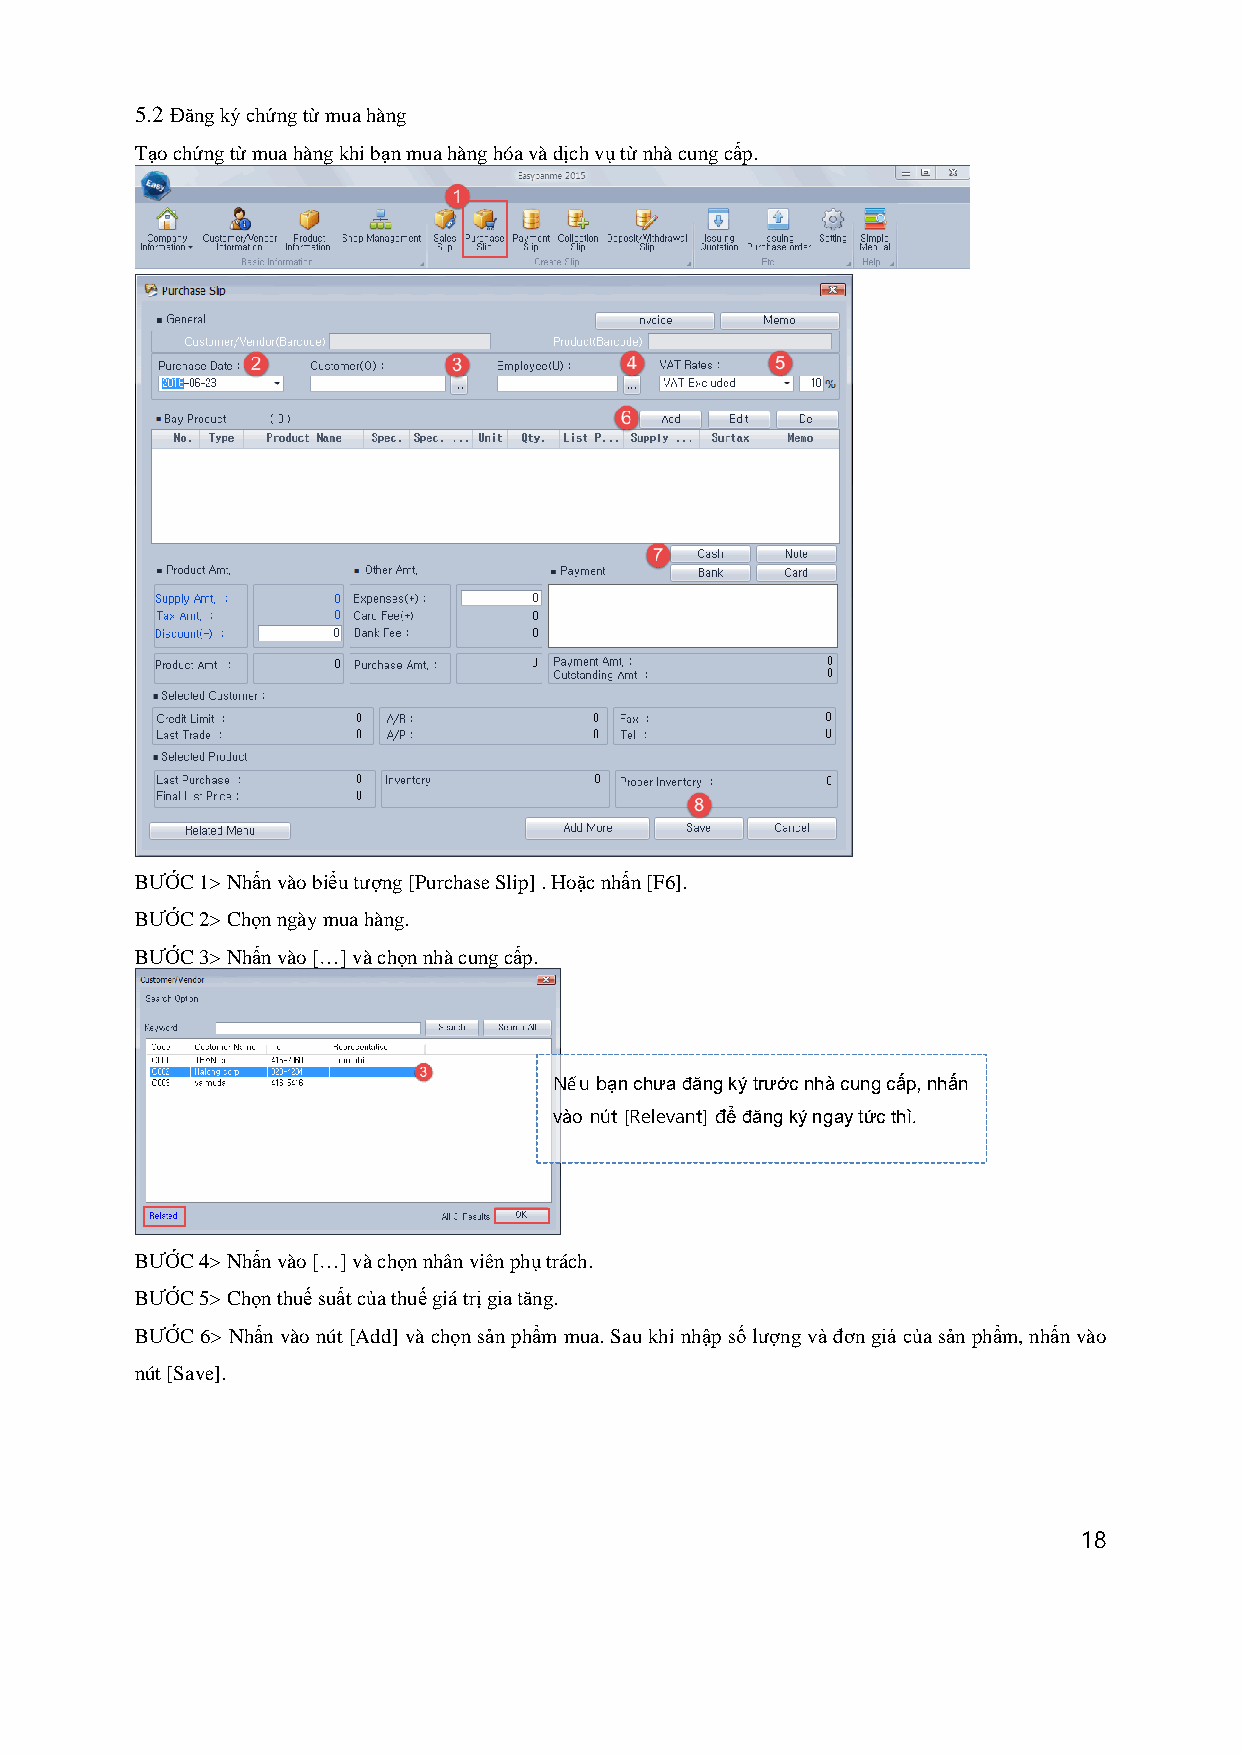
5.2 Đăng ký chứng từ mua hàng
 Tạo chứng từ mua hàng khi bạn mua hàng hóa và dịch vụ từ nhà cung cấp.
 BƯỚC 1> Nhấn vào biểu tượng [Purchase Slip] . Hoặc nhấn [F6].
 BƯỚC 2> Chọn ngày mua hàng.
 BƯỚC 3> Nhấn vào […] và chọn nhà cung cấp.
 Nếu bạn chưa đăng ký trước nhà cung cấp, nhấn
 vào nút [Relevant] để đăng ký ngay tức thì.
 BƯỚC 4> Nhấn vào […] và chọn nhân viên phụ trách.
 BƯỚC 5> Chọn thuế suất của thuế giá trị gia tăng.
 BƯỚC 6> Nhấn vào nút [Add] và chọn sản phẩm mua. Sau khi nhập số lượng và đơn giá của sản phẩm, nhấn vào
 nút [Save].
 18